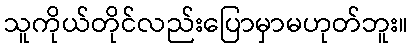
သူကိုယ်တိုင်လည်းပြောမှာမဟုတ်ဘူး။